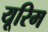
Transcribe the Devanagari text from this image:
यूरिम